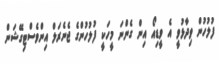
ފުލުހުން ވިދާޅުވީ އެ ވީޑިއޯ އިން ގެންނަ މީހަކީ ފުލުހުންގެ ޖެނެރަލް އިންވެސްޓިގޭޝަން